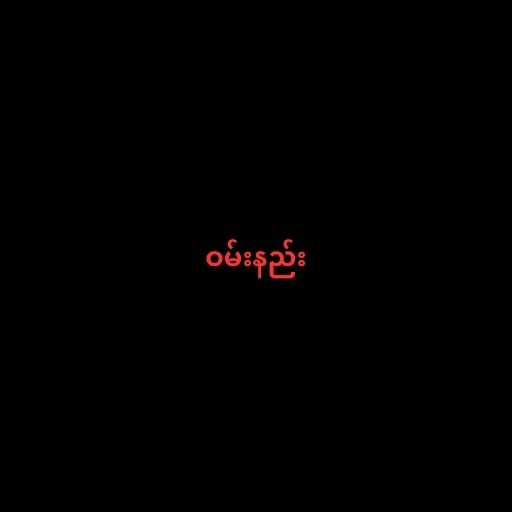
ဝမ်းနည်း